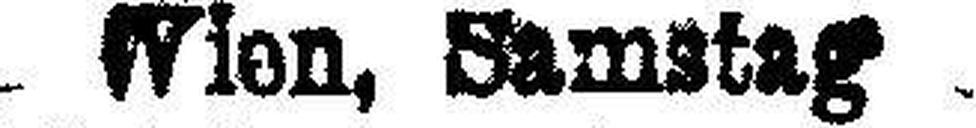
Wien, Samstag